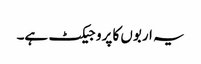
یہ اربوں کا پروجیکٹ ہے۔